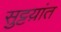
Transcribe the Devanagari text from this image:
सुट्टय़ांत